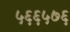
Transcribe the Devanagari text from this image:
५६६५७६